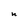
Character: n